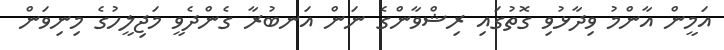
އަމީން އާންމު ވިދާޅުވި ގޮތުގައި ރިޝްވާންގެ ނަން އަނބުރާ ގެންދެވީ މަޖިލީހުގެ މިނިވަން